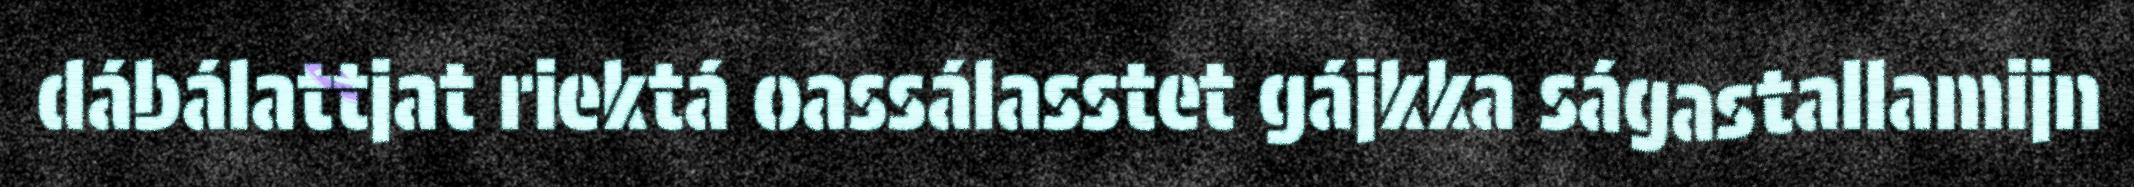
dábálattjat riektá oassálasstet gájkka ságastallamijn